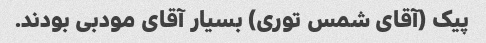
پیک (آقاى شمس تورى) بسیار آقاى مودبى بودند.